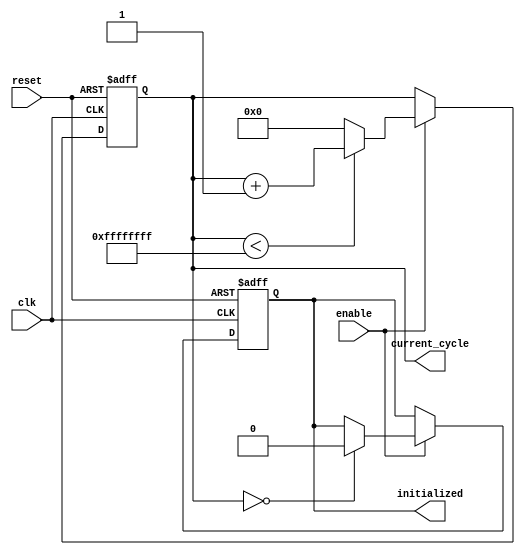
module ClockCycleInitialization (
    input wire clk,          // Clock signal
    input wire reset,        // Asynchronous reset signal
    input wire enable,       // Control signal to enable counting
    output reg [31:0] current_cycle, // Current clock cycle count
    output reg initialized   // Initialization flag
);

    // Parameter for maximum cycle count
    parameter MAX_CYCLES = 32'hFFFFFFFF;

    // Always block for synchronous logic
    always @(posedge clk or posedge reset) begin
        if (reset) begin
            // On reset, initialize the cycle count and set initialized flag
            current_cycle <= 32'b0;
            initialized <= 1'b1; // Indicate initialization phase
        end else if (enable) begin
            // Increment the current cycle count if enabled
            if (current_cycle < MAX_CYCLES) begin
                current_cycle <= current_cycle + 1;
            end else begin
                // Reset the cycle count if maximum is reached
                current_cycle <= 32'b0;
            end
            
            // Clear the initialized flag after the first increment
            if (current_cycle == 32'b0) begin
                initialized <= 1'b0; // System is now operational
            end
        end
    end

endmodule